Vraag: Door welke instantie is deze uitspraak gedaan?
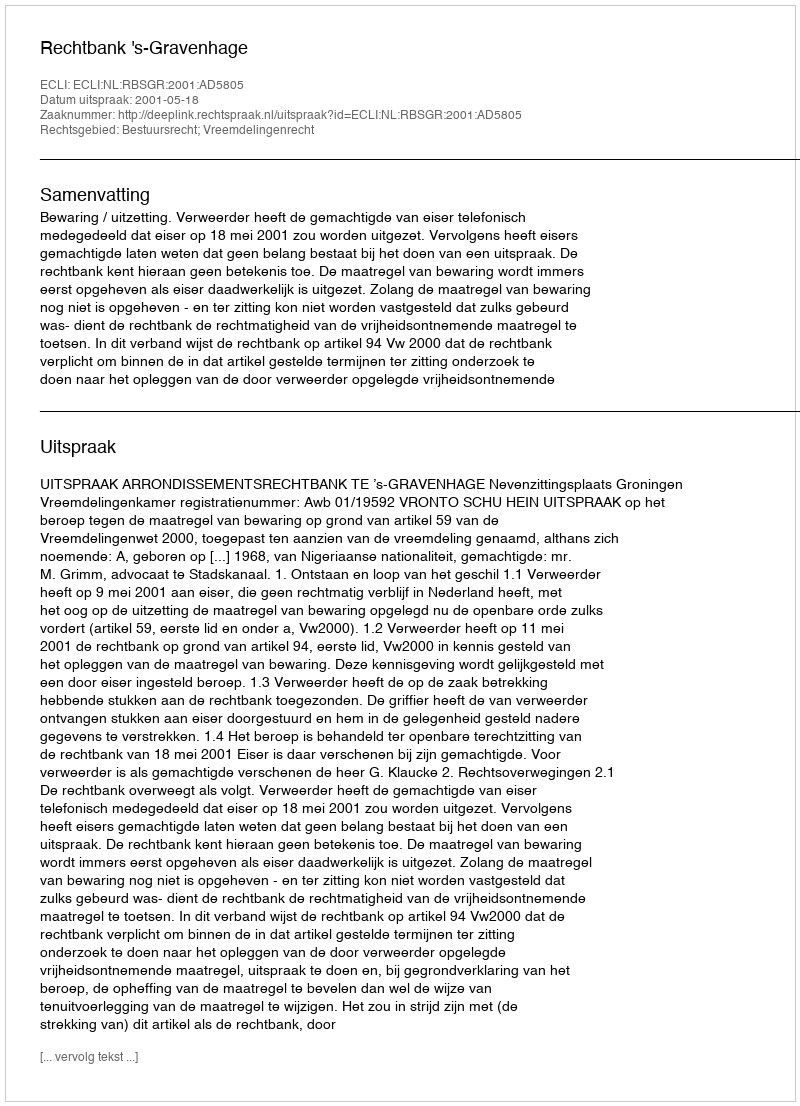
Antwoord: Rechtbank 's-Gravenhage